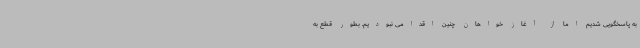
به پاسخگویی شدیم اما از آغاز خواهان چنین اقدامی نبودیم. بطور قطع به